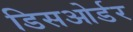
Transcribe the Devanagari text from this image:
डिसओर्डर